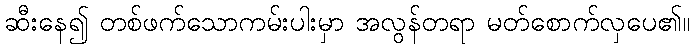
ဆီးနေ၍ တစ်ဖက်သောကမ်းပါးမှာ အလွန်တရာ မတ်စောက်လှပေ၏။